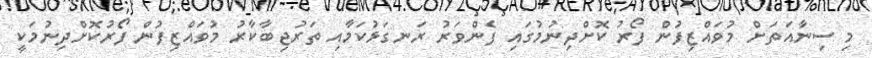
މި ސިނާއަތަށް މުވައްޒިފުން ފޯރު ކޮށްދިނުމުގައި ފެންވަރު ރަނގަޅުކަމާއި ތަރުޖިބާކާރު މުވައްޒިފުން ފޯރުކޮށްދިނުމަކީ